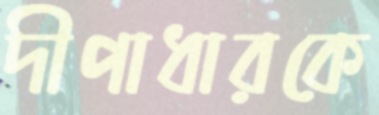
দীপাধারকে